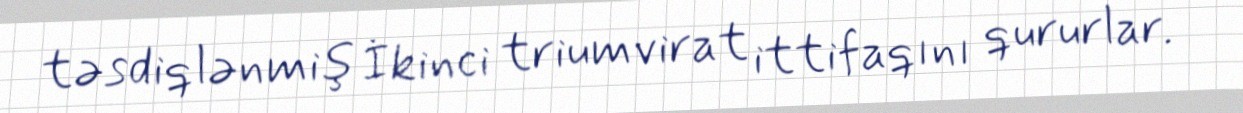
təsdiqlənmiş İkinci triumvirat ittifaqını qururlar.